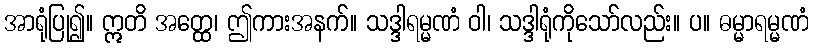
အာရုံပြု၍။ ဣတိ အတ္ထေ၊ ဤကားအနက်။ သဒ္ဒါရမ္မဏံ ဝါ၊ သဒ္ဒါရုံကိုသော်လည်း။ ပ။ ဓမ္မာရမ္မဏံ